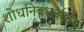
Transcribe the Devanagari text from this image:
शोधनिबंधवाचन